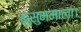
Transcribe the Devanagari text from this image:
कुसुममाला।